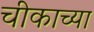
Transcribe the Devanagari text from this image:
चीकाच्या